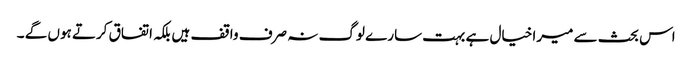
اس بحث سے میرا خیال ہے بہت سارے لوگ نہ صرف واقف ہیں بلکہ اتفاق کرتے ہوں گے ۔